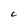
Character: C